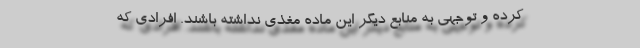
کرده و توجهی به منابع دیگر این ماده مغذی نداشته باشند. افرادی که